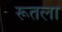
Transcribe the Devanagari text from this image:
रूतला